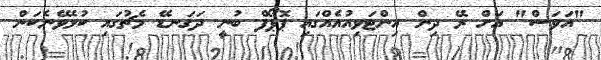
"އަވަސް" އަށް ރޭ ދިން އިންޓަވިއުއެއްގައި ޕޮޕޯފް ބުނީ ދަގަނޑޭ މެޗުގައި ކުޅެވޭނެކަން